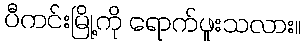
ပီကင်းမြို့ကို ရောက်ဖူးသလား။